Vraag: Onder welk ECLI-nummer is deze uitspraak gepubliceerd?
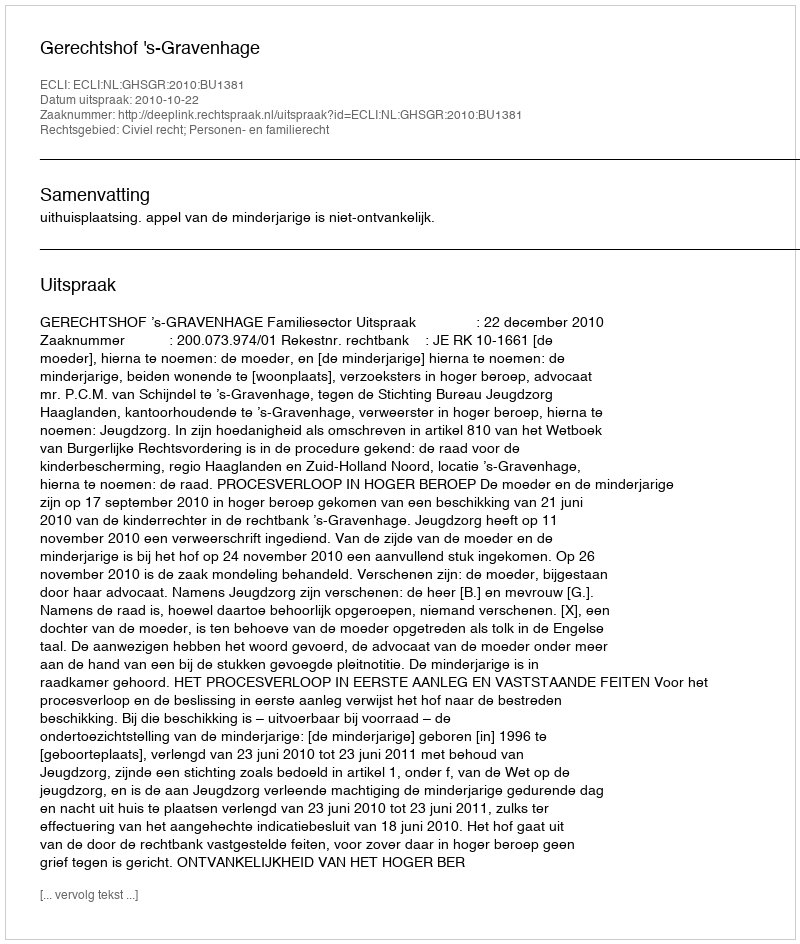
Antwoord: ECLI:NL:GHSGR:2010:BU1381